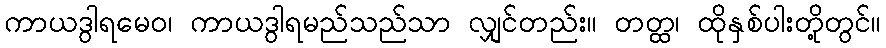
ကာယဒွါရမေဝ၊ ကာယဒွါရမည်သည်သာ လျှင်တည်း။ တတ္ထ၊ ထိုနှစ်ပါးတို့တွင်။